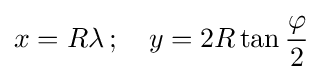
x=R\lambda \,;\quad y=2R\tan {\frac {\varphi }{2}}